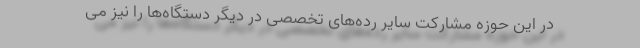
در این حوزه مشارکت سایر رده‌های تخصصی در دیگر دستگاه‌ها را نیز می